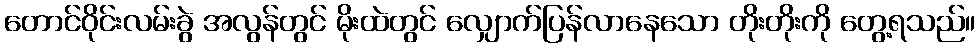
တောင်ဝိုင်းလမ်းခွဲ အလွန်တွင် မိုးထဲတွင် လျှောက်ပြန်လာနေသော တိုးတိုးကို တွေ့ရသည်။